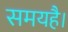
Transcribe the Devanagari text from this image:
समयहै।